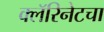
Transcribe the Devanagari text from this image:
क्लॅरिनेटचा